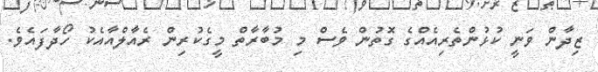
ޒިދާން ވަނީ ކުޅުންތެރިއެއްގެ ގޮތުން ވެސް މި މުބާރާތް މީގެކުރިން ރެއާލްއާއެކު ހޯދާފައެވެ.